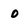
Character: 0